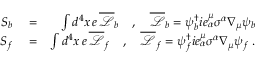
\begin{array} { r l r } { S _ { b } } & { { } = } & { \int d ^ { 4 } x \, e \, \overline { { \mathcal { L } } } _ { b } \quad , \quad \overline { { \mathcal { L } } } _ { b } = \psi _ { b } ^ { \dagger } i e _ { \alpha } ^ { \mu } \sigma ^ { \alpha } \nabla _ { \mu } \psi _ { b } } \\ { S _ { f } } & { { } = } & { \int d ^ { 4 } x \, e \, \overline { { \mathcal { L } } } _ { f } \quad , \quad \overline { { \mathcal { L } } } _ { f } = \psi _ { f } ^ { \dagger } i e _ { \alpha } ^ { \mu } \sigma ^ { \alpha } \nabla _ { \mu } \psi _ { f } \; . } \end{array}